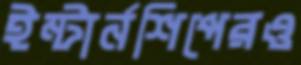
ইন্টার্নশিপেরও